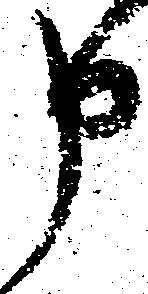
申